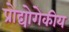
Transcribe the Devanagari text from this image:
प्रोद्योगेकीय